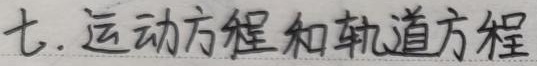
七、运动方程和轨道方程